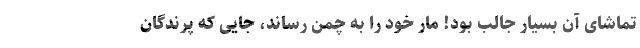
تماشای آن بسیار جالب بود! مار خود را به چمن رساند، جایی که پرندگان